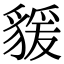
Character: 𧳭